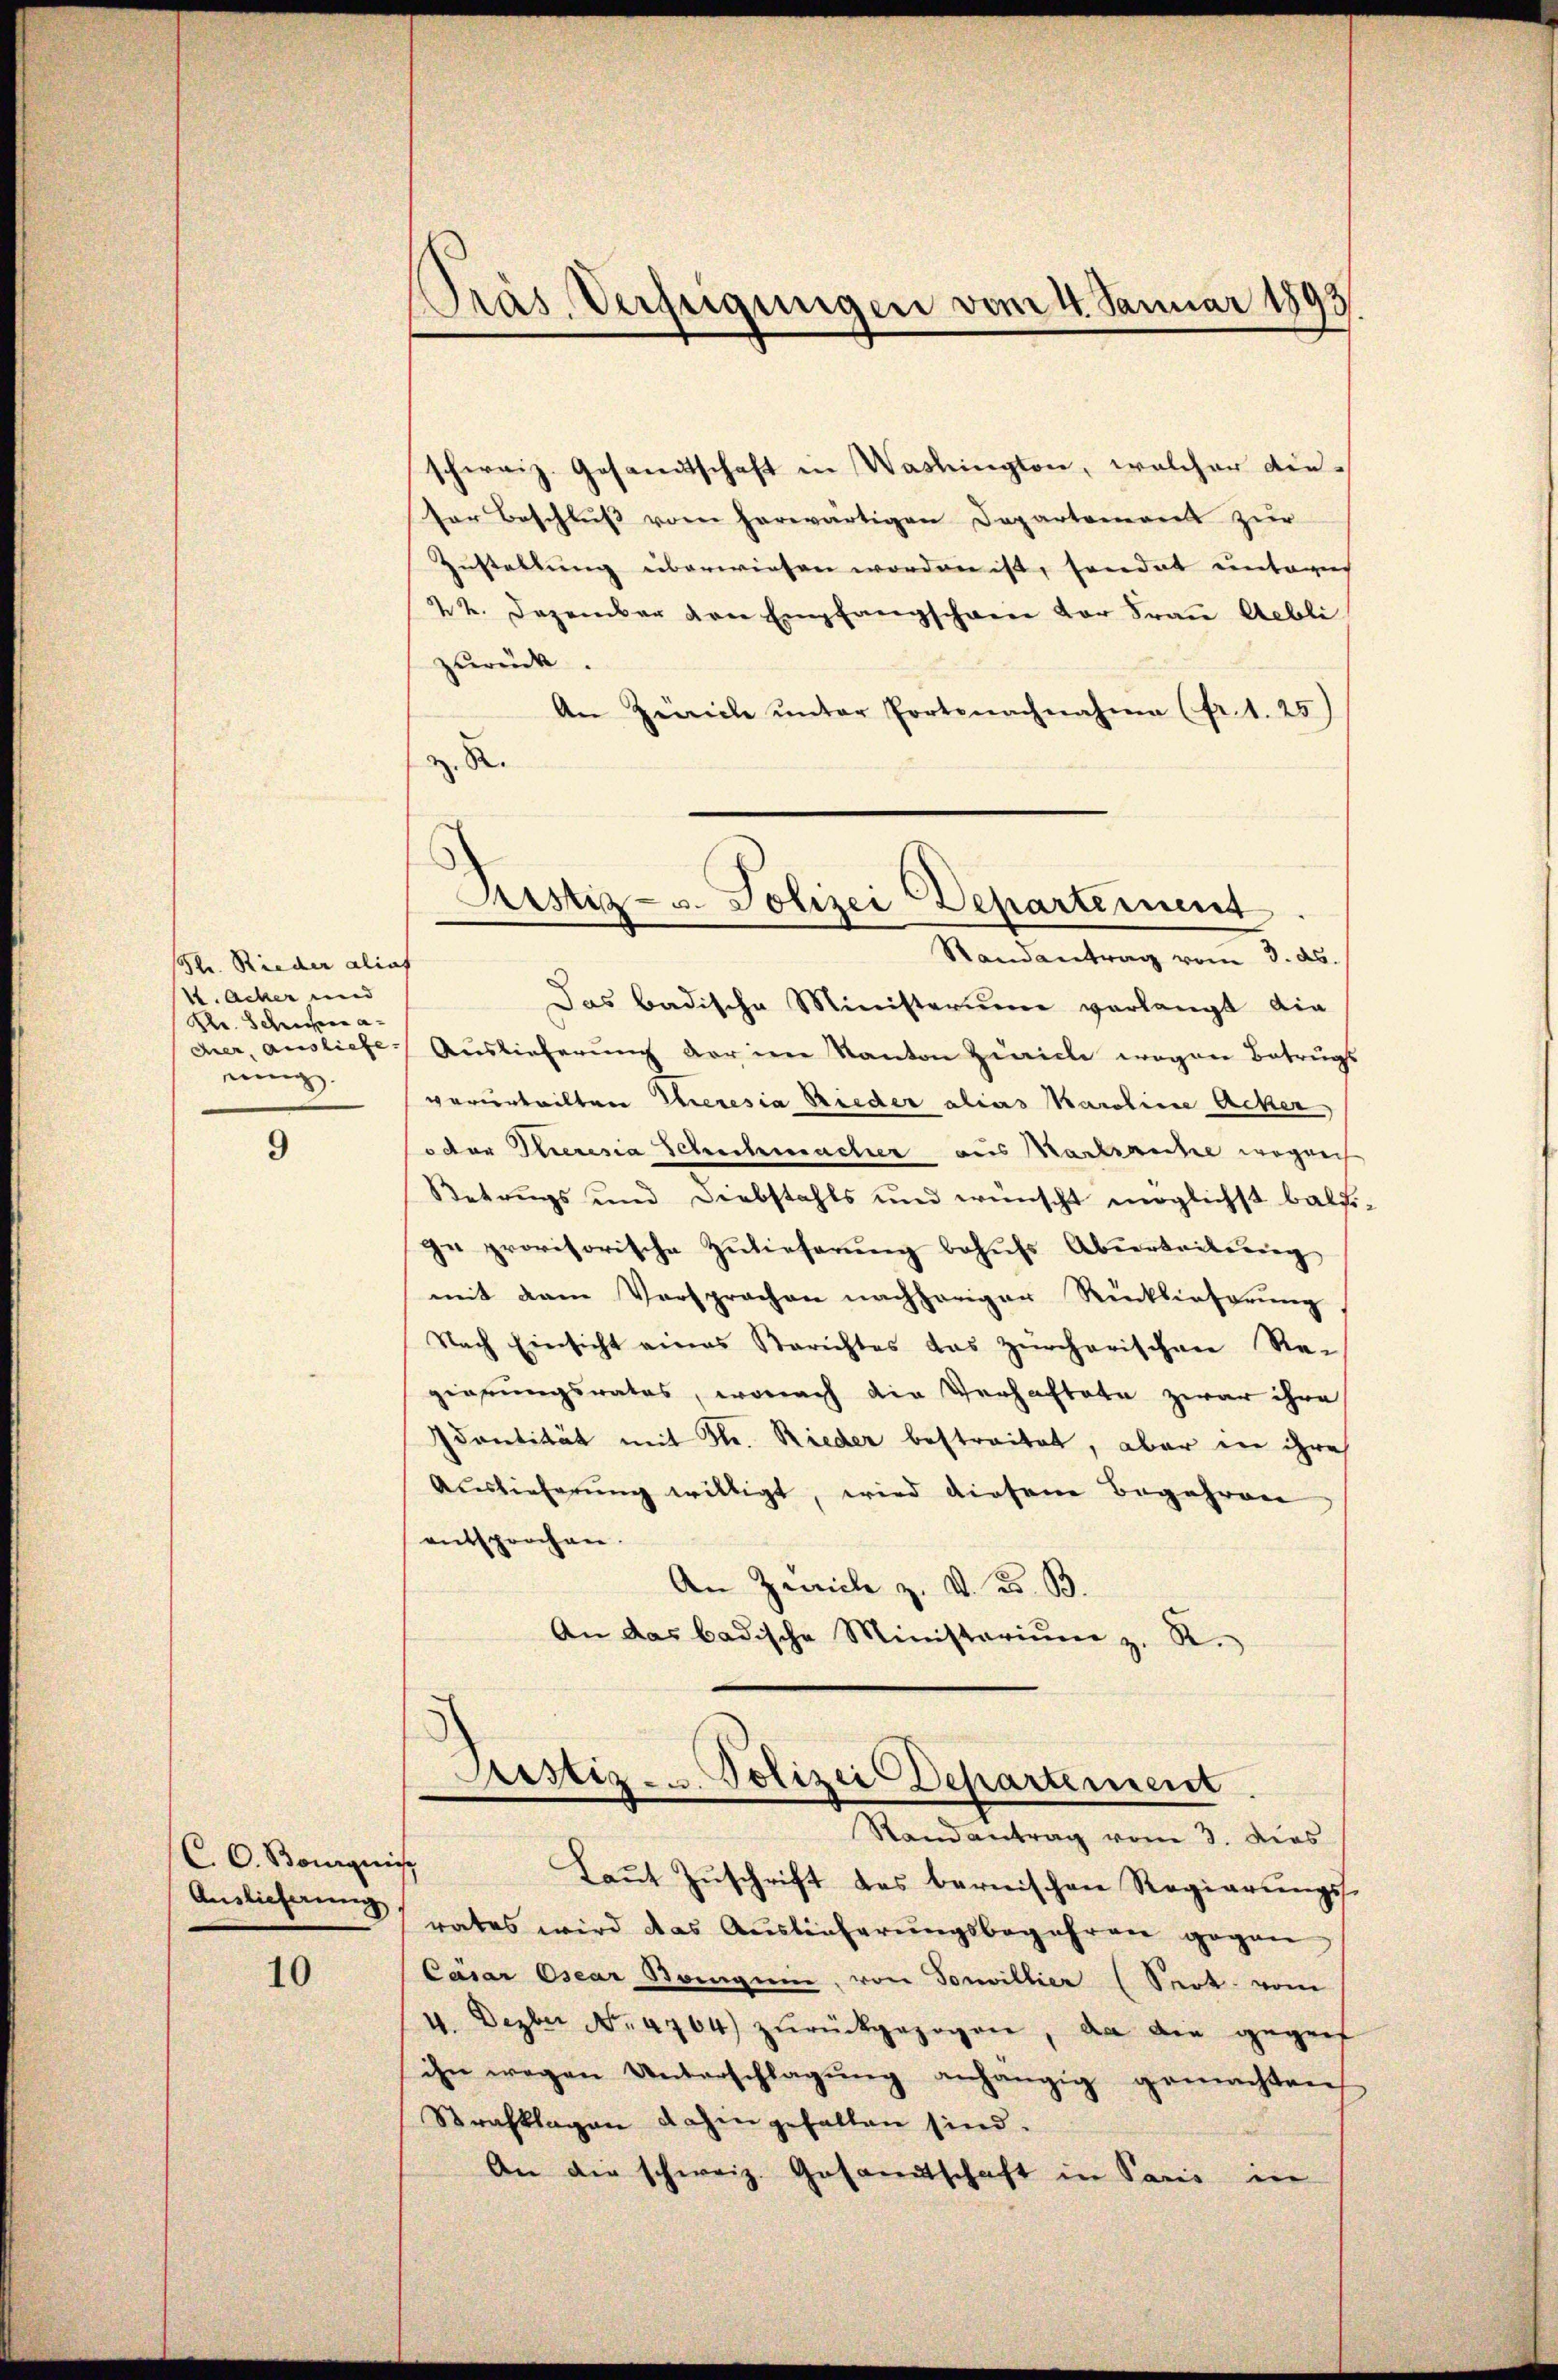
Str. Rieder aliaf
4. Acher und
Dr. Schrechen a
ning

9

C. C. Bourqui

10

Präs. Verfeigungen vom 4. Januar 1893

schweiz. Gesandtschaft in Washington, welcher die¬
Por Beschlŭβ vom herwärtigen Departement zur
Zustellung überwiesen worden ist, sondet unteres
22. Dezember von Empfangschen der Frau Aebli
zurück.
An Zürich unter Portenachnahme (fr. 1. 25)
z. R.
Randantrag vom 3. ds.
Das badische Ministerium verlangt die
der, ausliefe. Auslieferung der im Kanton Zürich wegen Betrugs
verurteilten Theresia Rieder alias Karoline Acker,
 der Theresia Schechmacher aus Nachriche wegen
Betrugs und Diebstahls und wünscht möglichst bald
ge provisorische Zulieferung behufs Abverteilung
mit dem Versprachen nachheriger Rücklieferung
Nach Einsicht eines Berichtes das zürcherischen Re-
gierungsrates, wonach die Verhaftete zwar ihre
Santität mit Fr. Rieder bestreitet, aber die ihre
Auslieferŭng willigt, wird diesem Begehren
entsprochen.
An Zürich z. v. 3. B.
An das badische Ministariŭm z. R.
Astiz- u. Polizei Departement
Randantrag vom 3. dies
is
Laut Zuschrift des bernischen Regierungs-
Anslicherung rates wird das Auslieferungsbegehren gegen
Cäsar Osear Boguin, von Sonvillier (Seot vom
4. Dezber No. 4764) zŭrückgezogen, da die gegen
ihn wegen Unterschlagung anhängig gemachten
Strafklagen dahin gefallen sind.
An die schweiz. Gesandtschaft in Paris in

Sistiz- u. Polizei Departement